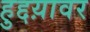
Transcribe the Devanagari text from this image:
हुद्दय़ावर